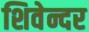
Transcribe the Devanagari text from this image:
शिवेन्दर